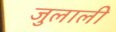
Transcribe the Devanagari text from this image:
जुलाली